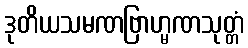
ဒုတိယသမဏဗြာဟ္မဏသုတ္တံ